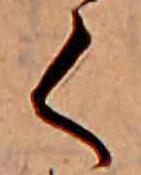
く